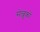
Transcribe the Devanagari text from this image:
सेल्जुकों